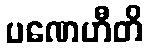
ပဏေဟီတိ